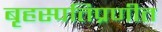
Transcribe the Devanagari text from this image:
बृहस्पतिप्रणीत